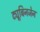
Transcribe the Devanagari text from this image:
ट्यूबिनजेन